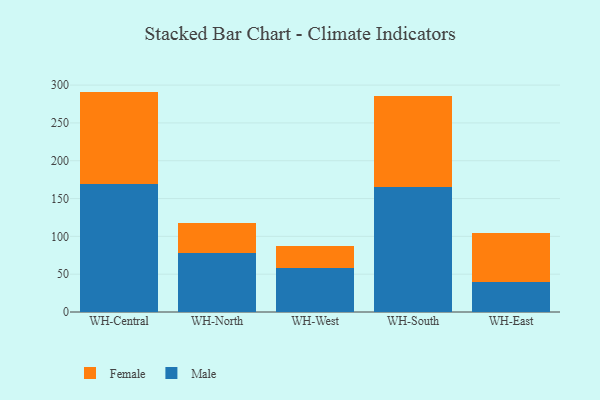
{"axis": {"x": "Warehouse", "y": "Operating Costs (USD K)"}, "legend": ["Female", "Male"], "data": [{"x": "WH-Central", "y": 169.8, "type": "Male"}, {"x": "WH-Central", "y": 121.6, "type": "Female"}, {"x": "WH-North", "y": 78.3, "type": "Male"}, {"x": "WH-North", "y": 38.9, "type": "Female"}, {"x": "WH-West", "y": 58.4, "type": "Male"}, {"x": "WH-West", "y": 28.3, "type": "Female"}, {"x": "WH-South", "y": 165.9, "type": "Male"}, {"x": "WH-South", "y": 120.0, "type": "Female"}, {"x": "WH-East", "y": 40.2, "type": "Male"}, {"x": "WH-East", "y": 64.2, "type": "Female"}]}